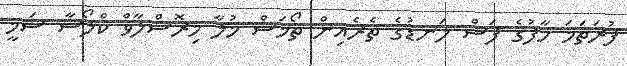
ފުރަތަމަ ހާފުގެ ފަސް ލަނޑުގެ ތެރެއިން ތޯމަސް މުލާ މިރޮސްލާވް ކްލޯސާ ސަމީ